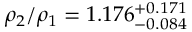
\rho _ { 2 } / \rho _ { 1 } = 1 . 1 7 6 _ { - 0 . 0 8 4 } ^ { + 0 . 1 7 1 }